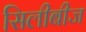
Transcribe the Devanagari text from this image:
सिलीबीज